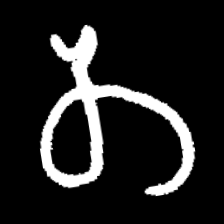
Pyu character \u2014 Myanmar letter: တ (romanized: ta)